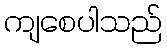
ကျစေပါသည်